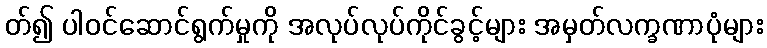
တ်၍ ပါဝင်ဆောင်ရွက်မှုကို အလုပ်လုပ်ကိုင်ခွင့်များ အမှတ်လက္ခဏာပုံများ